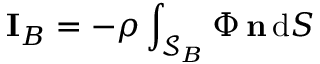
\mathbf { I } _ { B } = - \rho \int _ { \mathcal { S } _ { B } } \Phi \, \mathbf { n } \, \mathrm { d } S